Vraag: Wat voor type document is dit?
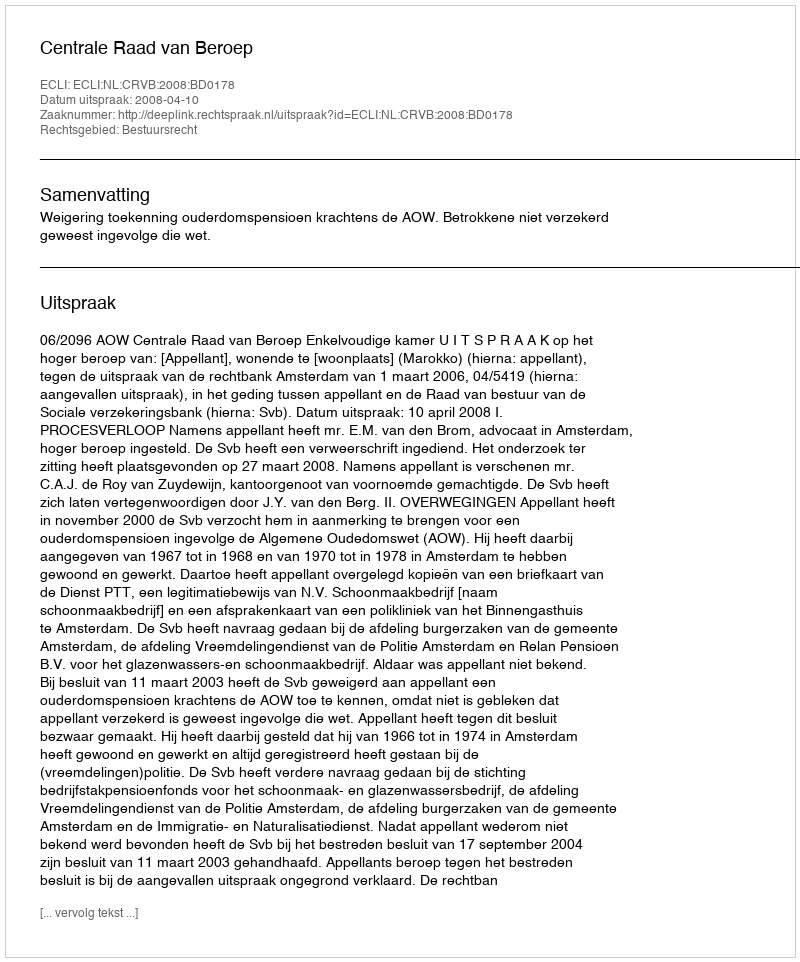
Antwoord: Uitspraak